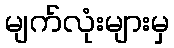
မျက်လုံးများမှ